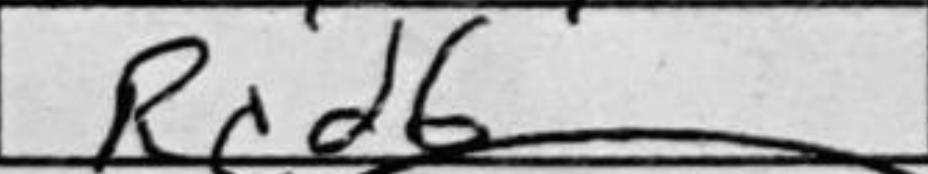
Transcription: Rcd6